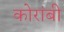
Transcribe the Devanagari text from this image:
कोरांबी